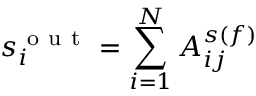
s _ { i } ^ { \mathrm { ~ o ~ u ~ t ~ } } = \sum _ { i = 1 } ^ { N } A _ { i j } ^ { s ( f ) }